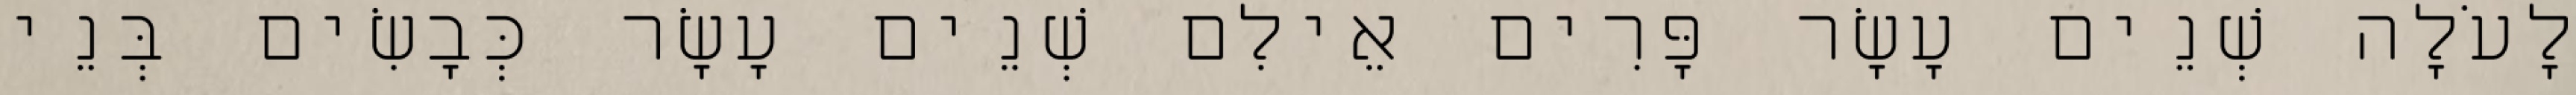
לָעֹלָה שְׁנֵים עָשָׂר פָּרִים אֵילִם שְׁנֵים עָשָׂר כְּבָשִׂים בְּנֵי